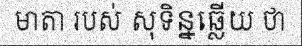
មាតា របស់ សុទិន្នឆ្លើយ ថា